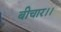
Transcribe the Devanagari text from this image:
बीचार।।